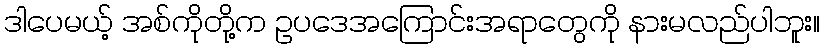
ဒါပေမယ့် အစ်ကိုတို့က ဥပဒေအကြောင်းအရာတွေကို နားမလည်ပါဘူး။